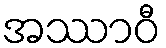
အဿာဝီ